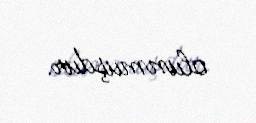
olunmuşdur.